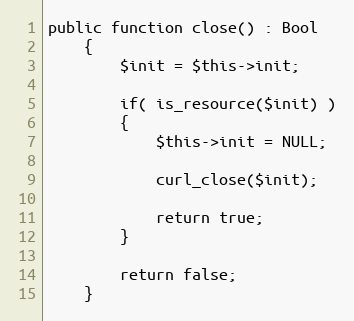
Language: PHP
public function close() : Bool
    {
        $init = $this->init;

        if( is_resource($init) )
        {
            $this->init = NULL;

            curl_close($init);

            return true;
        }

        return false;
    }